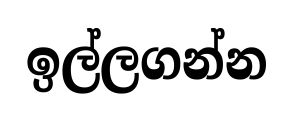
ඉල්ලගන්න